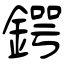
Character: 鍔